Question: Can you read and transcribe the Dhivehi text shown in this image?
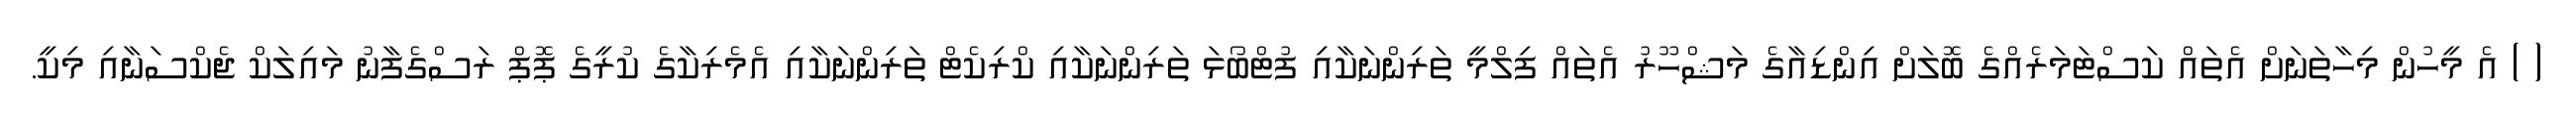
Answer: ( ) އެ މީހުން މިހާތަނަށް އެތައް ކަސްޓަމަރެއްގެ ބޮލަށް އިންޑިއާގެ މަޝްހޫރު އެތައް ފިލްމީ ތަރިންނަކާއި ފުޓްބޯޅަ ތަރިންނަކާއި ކްރިކެޓް ތަރިންނަކާއި އެމެރިކާގެ ކުރީގެ ޕޮޕް ރަސްގެފާނު މައިލަކް ޖެކްސަނާއި މިކީ.